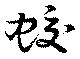
蛟